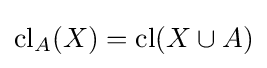
{\text{cl}}_{A}(X)={\text{cl}}(X\cup A)